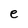
Character: e